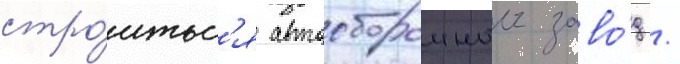
стро́итьс'я автосборочныи заво́д /